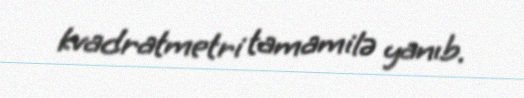
kvadratmetri tamamilə yanıb.